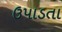
ઉપાડતા